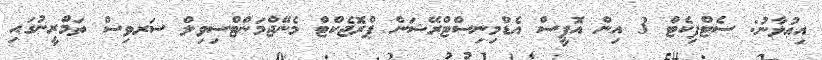
އިޢުލާނު: ސެޓްފިކެޓް 3 އިން އޮފީސް އެޑްމިނިސްޓްރޭޝަން ޕްރޮޖެކްޓް މެނޭޖްމަންޓްސިވިލް ސަރވިސް ތަމްރީނުގައި